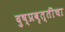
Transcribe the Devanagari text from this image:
दुष्प्रवृत्तींचा